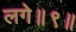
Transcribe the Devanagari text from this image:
लगे॥९॥